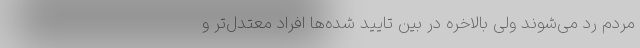
مردم رد می‌شوند ولی بالاخره در بین تایید شده‌ها افراد معتدل‌تر و